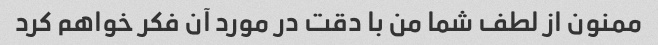
ممنون از لطف شما من با دقت در مورد آن فکر خواهم کرد